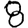
Digit: 8